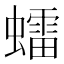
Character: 𧒽